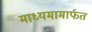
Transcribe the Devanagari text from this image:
माध्यमामार्फत